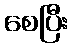
စေပြီး